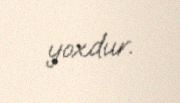
yoxdur.